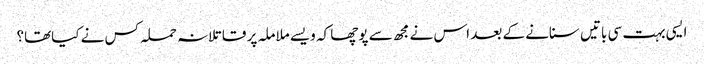
ایسی بہت سی باتیں سنانے کے بعد اس نے مجھ سے پوچھا کہ ویسے ملاملہ پر قاتلانہ حملہ کس نے کیاتھا؟